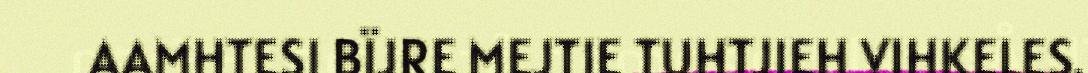
AAMHTESI BÏJRE MEJTIE TUHTJIEH VIHKELES.